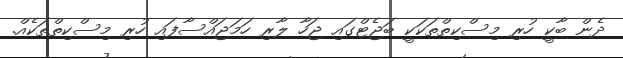
ދެން ބާކީ ހުރި މިސްކިތްތަކަކީ ބަޖެޓްގައި ޖަހާ ލާރި ހަމަޖައްސާފައި ހުރި މިސްކިތްތަކެއް.